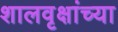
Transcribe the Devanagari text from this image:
शालवृक्षांच्या